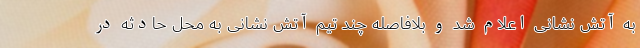
به آتش نشانی اعلام شد و بلافاصله چند تیم آتش نشانی به محل حادثه در